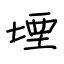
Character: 堙